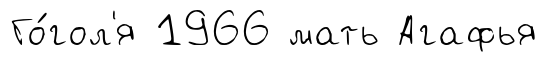
Го́гол'я 1966 мать Агафья